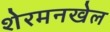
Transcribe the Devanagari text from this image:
शेरमनखेल